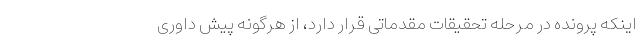
اینکه پرونده در مرحله تحقیقات مقدماتی قرار دارد، از هرگونه پیش داوری